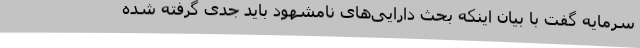
سرمایه گفت با بیان اینکه بحث دارایی‌های نامشهود باید جدی گرفته شده